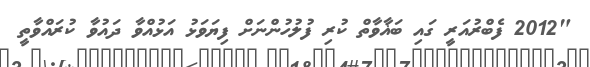
"2012 ފެބްރުއަރީ ގައި ބަޣާވާތް ކުރި ފުލުހުންނަށް ފިޔަވަޅު އަޅުއްވާ ދައުވާ ކުރައްވާތީ